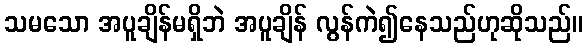
သမသော အပူချိန်မရှိဘဲ အပူချိန် လွန်ကဲ၍နေသည်ဟုဆိုသည်။